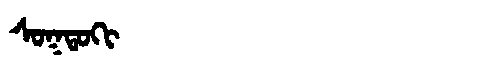
Manchu: ᠰᠣᡴᡨᠣᡴᡳ
Romanization: SOKTOKI